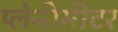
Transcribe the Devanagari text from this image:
प्लेनीमीटर